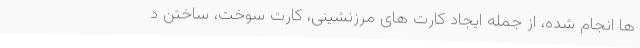
ها انجام شده، از جمله ایجاد کارت های مرزنشینی، کارت سوخت، ساختن د